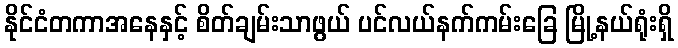
နိုင်ငံတကာအနေနှင့် စိတ်ချမ်းသာဖွယ် ပင်လယ်နက်ကမ်းခြေ မြို့နယ်ရုံးရှိ